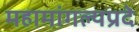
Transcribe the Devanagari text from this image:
महामांगल्यप्रदे